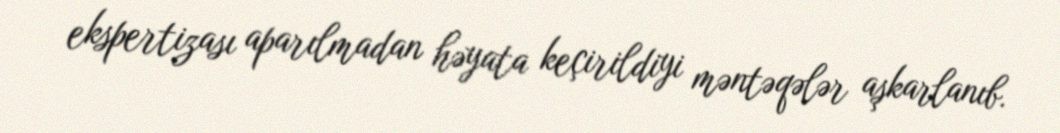
ekspertizası aparılmadan həyata keçirildiyi məntəqələr aşkarlanıb.